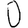
Digit: 0